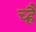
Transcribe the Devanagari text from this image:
च्है